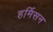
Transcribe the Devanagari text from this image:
हर्मिसन